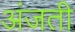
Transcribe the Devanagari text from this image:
अंजती